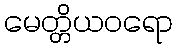
မေတ္တိယဝရော